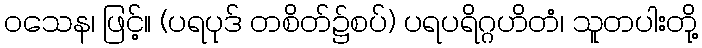
ဝသေန၊ ဖြင့်။ (ပရပုဒ် တစိတ်၌စပ်) ပရပရိဂ္ဂဟိတံ၊ သူတပါးတို့